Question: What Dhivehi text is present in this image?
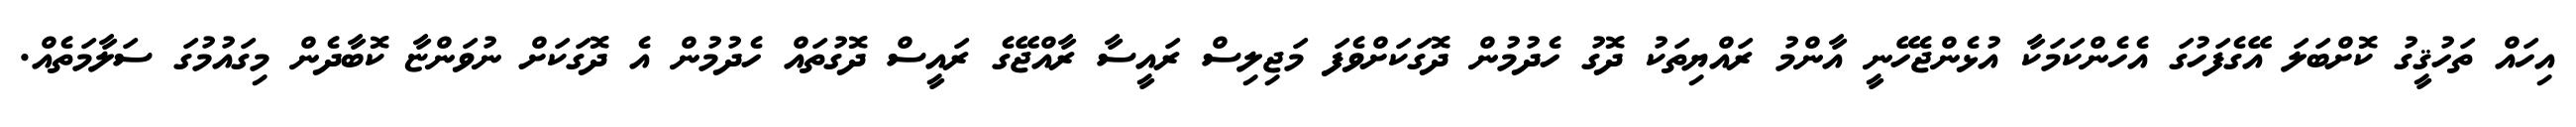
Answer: އިހައް ތަހުޤީގު ކޮށްބަލަ އޭގެފަހުގަ އެހެންކަމަކާ އުޅެންޖެހޭނީ އާންމު ރައްޔިތަކު ދޮގު ހެދުމުން ދޮގަކަށްވެފަ މަޖިލިސް ރައީސާ ރާއްޖޭގެ ރައީސް ދޮގުތައް ހެދުމުން އެ ދޮގަކަށް ނުވަންޏާ ކޮބާދެން މިގައުމުގަ ސަލާމަތެއް.